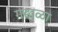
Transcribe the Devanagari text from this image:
गढाळा